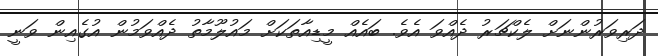
ދަރިވަރުންނަށް ލެކްޗަރު ދެއްވަ އެވެ. ބައެއް މީޑިއާތަކަށް މައުލޫމާތު ދެއްވަމުން އުގެއިން ވަނީ